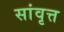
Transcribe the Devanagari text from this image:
सांवृत्त